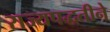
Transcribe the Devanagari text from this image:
राज्यपद्धतीने